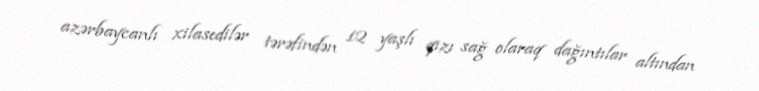
azərbaycanlı xilasedilər tərəfindən 12 yaşlı qızı sağ olaraq dağıntılar altından